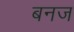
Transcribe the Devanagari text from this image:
बनज